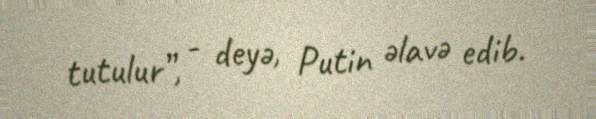
tutulur”, - deyə, Putin əlavə edib.